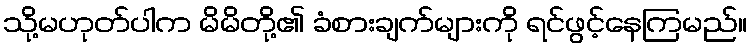
သို့မဟုတ်ပါက မိမိတို့၏ ခံစားချက်များကို ရင်ဖွင့်နေကြမည်။